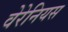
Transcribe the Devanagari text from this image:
वेरेनियस